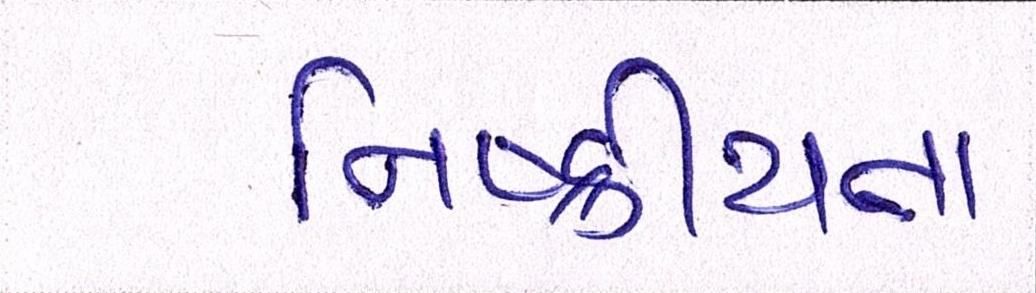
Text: નિષ્ક્રીયતા